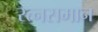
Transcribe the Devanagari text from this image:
रत्नसमान